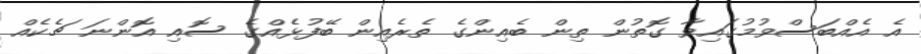
އެ އެއްބަސްވުމުގައިވާ ގޮތުން ތިން ބެއިންގެ ތެރެއިން ބޭފުޅެއްގެ ސޮއި އޮންނަ ޗެކެއް